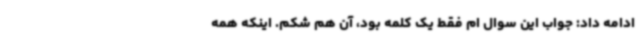
ادامه داد: جواب این سوال ام فقط یک کلمه بود، آن هم شکم. اینکه همه